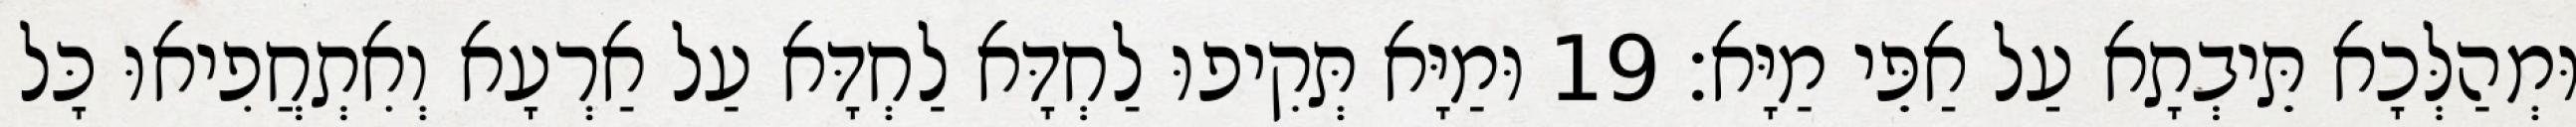
וּמְהַלְּכָא תֵּיבְתָא עַל אַפֵּי מַיָּא׃ 19 וּמַיָּא תְּקִיפוּ לַחְדָּא לַחְדָּא עַל אַרְעָא וְאִתְחֲפִיאוּ כָּל